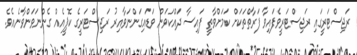
ރަޖިސްޓަރީގައި ރަޖިސްޓަރީވެފައިވާ ފަރާތްތަކަށް ކަމަށްވާތީ ފައިސާ ދައްކަވަން ވަޑައިގަންނަވާއިރު ރަޖިސްޓަރީގެ ކޮޕީއެއް ގެންނަވަންވާނެއެވެ.